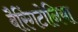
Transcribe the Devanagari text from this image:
बैरिंगटोनिया